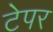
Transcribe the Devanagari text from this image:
टेपर